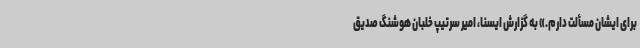
برای ایشان مسألت دارم.» به گزارش ایسنا، امیر سرتیپ خلبان هوشنگ صدیق